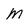
Character: M